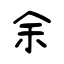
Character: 余